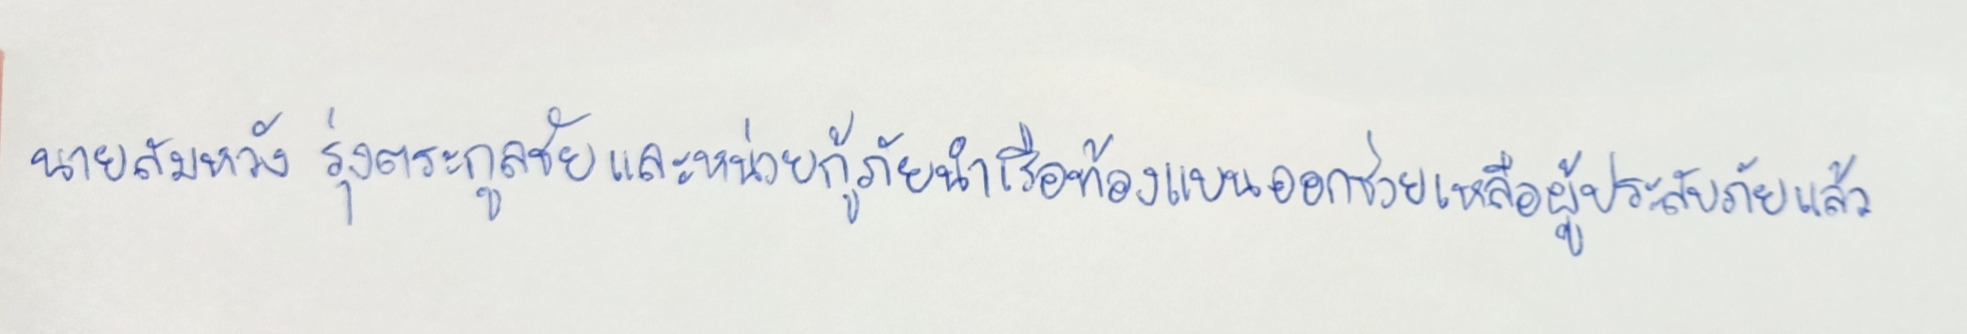
นายสมหวัง รุ่งตระกูลชัยและหน่วยกู้ภัยนำเรือท้องแบนออกช่วยเหลือผู้ประสบภัยแล้ว